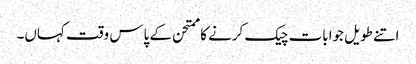
اتنے طویل جوابات چیک کرنے کا ممتحن کے پاس وقت کہاں۔